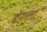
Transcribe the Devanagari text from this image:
डोगरला